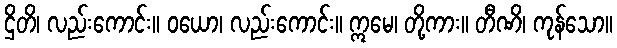
ဌိတိ၊ လည်းကောင်း။ ဝယော၊ လည်းကောင်း။ ဣမေ၊ တို့ကား။ တီဏိ၊ ကုန်သော။